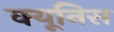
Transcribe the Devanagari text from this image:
क्यूनिस